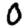
Digit: 0